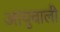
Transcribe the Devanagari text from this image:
आयुवाली